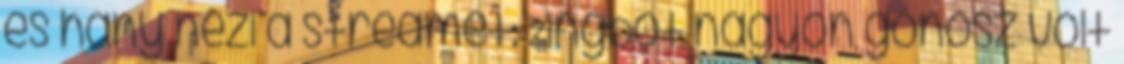
és hány nézi a streamet: Zingbot nagyon gonosz volt